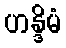
ဟန္ဒိမံ